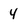
Character: 4